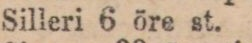
Silleri 6 öre st.